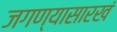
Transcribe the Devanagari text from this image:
जगण्यासारखं